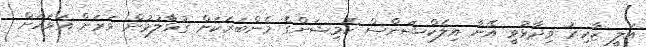
އަލީ ޒާހިރު ވިދާޅުވީ އޭނާ އިލެކްޝަންސް ކޮމިޝަންގެ މެންބަރަކަށް ގުޅާލުމުން ވަރަށް އަވަހަށް